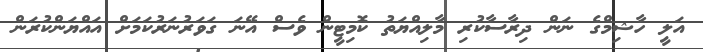
އަލީ ހާޝިމްގެ ނަން ދިރާސާކުރި މާލިއްޔަތު ކޮމިޓީން ވެސް އޭނަ ގަވަރުނަރުކަމަށް އައްޔަންކުރަން